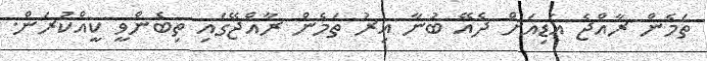
ތަމެން ރާއްޖެ އަޑިއަށް ދެއޭ ބުނާ އިރު ތަމެން ރާއްޖޭގައި ތިބެންވީ ކީއްކުރަން.